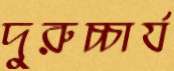
দুরুচ্চার্য